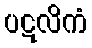
ပဋလိကံ